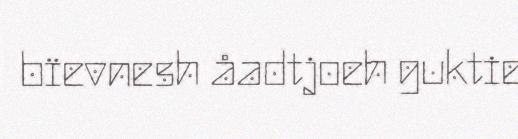
bïevnesh åadtjoeh guktie